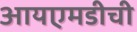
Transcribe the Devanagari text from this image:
आयएमडीची